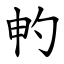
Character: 畃